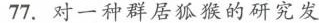
77.对一种群居狐猴的研究发